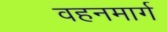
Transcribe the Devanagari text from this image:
वहनमार्ग